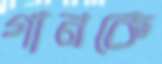
গানকে